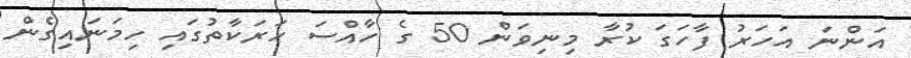
އަންނަ އަހަރު ފާހަގަ ކުރާ މިނިވަން 50 ގެ ހާއްސަ ހަރަކާތުގައި ހިމަނައިގެން